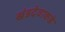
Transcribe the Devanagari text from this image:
खंडदेवाकडे